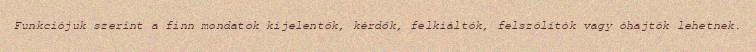
Funkciójuk szerint a finn mondatok kijelentők, kérdők, felkiáltók, felszólítók vagy óhajtók lehetnek.